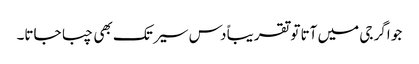
جو اگر جی میں آتا تو تقریباً دس سیر تک بھی چبا جاتا۔